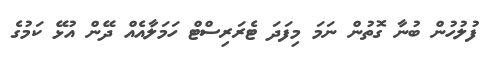
ފުލުހުން ބުނާ ގޮތުން ނަމަ މިފަދަ ޓެރަރިސްޓް ހަމަލާއެއް ދޭން އުޅޭ ކަމުގެ